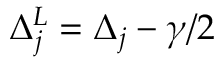
\Delta _ { j } ^ { L } = \Delta _ { j } - \gamma / 2